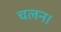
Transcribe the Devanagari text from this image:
चलन।